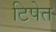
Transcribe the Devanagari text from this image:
टिपेत